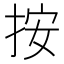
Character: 按